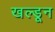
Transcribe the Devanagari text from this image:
खल्डून